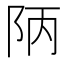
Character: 陃